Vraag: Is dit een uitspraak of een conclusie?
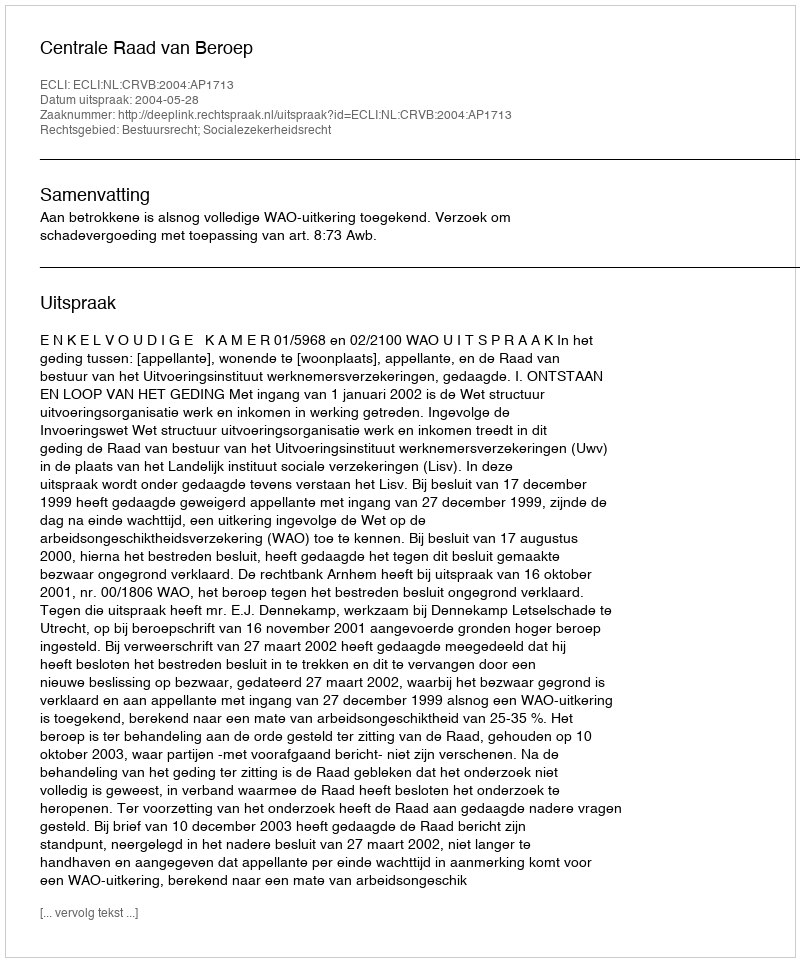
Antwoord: Uitspraak